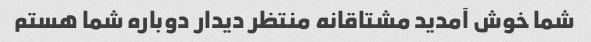
شما خوش آمدید مشتاقانه منتظر دیدار دوباره شما هستم